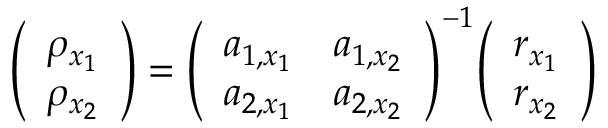
{ \left( \begin{array} { l } { \rho _ { x _ { 1 } } } \\ { \rho _ { x _ { 2 } } } \end{array} \right) } = { \left( \begin{array} { l l } { a _ { 1 , x _ { 1 } } } & { a _ { 1 , x _ { 2 } } } \\ { a _ { 2 , x _ { 1 } } } & { a _ { 2 , x _ { 2 } } } \end{array} \right) } ^ { - 1 } { \left( \begin{array} { l } { r _ { x _ { 1 } } } \\ { r _ { x _ { 2 } } } \end{array} \right) }